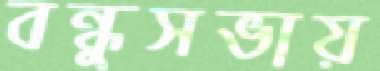
বন্ধুসভায়